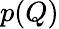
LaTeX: p(Q)